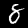
Label: 8